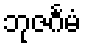
ဘုဇင်္ဂမံ